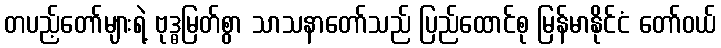
တပည့်တော်များရဲ့ ဗုဒ္ဓမြတ်စွာ သာသနာတော်သည် ပြည်ထောင်စု မြန်မာနိုင်ငံ တော်ဝယ်